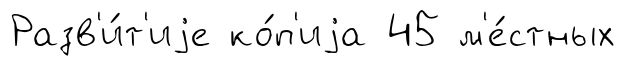
Разв'и́т'иjе ко́п'иjа 45 м'е́стных